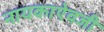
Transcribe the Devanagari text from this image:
नायकाऐवजी